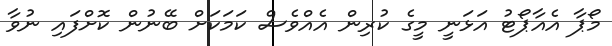
މޯޕާ އެއާޕޯޓު އަޅަނީ މީގެ ކުރިން އެއްވެސް ކަމަކަށް ބޭނުން ކޮށްފައި ނުވާ